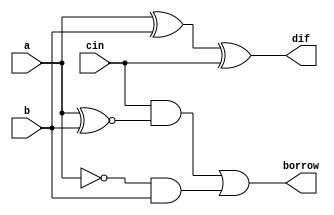
module fullsubtractor_dl(a, b, cin, dif, borrow);
input a, b, cin;
output dif, borrow;
assign dif=a^b^cin;
assign borrow=(cin&(a^~b)|~a&b);
endmodule

module fullsubtractor_tb;
reg p, q, r;
wire d, b;
fullsubtractor_dl f1(p, q, r, d, b);
initial
begin
    p=1'b0;
    q=1'b0;
    r=1'b0;
    $monitor("Time=%0t a=%b b=%b cin=%b dif=%b borrow=%b", $time, p, q, r, d, b);
    #5 p=1'b0; q=1'b0; r=1'b0;
    #5 p=1'b0; q=1'b0; r=1'b1;
    #5 p=1'b0; q=1'b1; r=1'b0;
    #5 p=1'b0; q=1'b1; r=1'b1;
    #5 p=1'b1; q=1'b0; r=1'b0;
    #5 p=1'b1; q=1'b0; r=1'b1;
    #5 p=1'b1; q=1'b1; r=1'b0;
    #5 p=1'b1; q=1'b1; r=1'b1;
end
endmodule